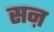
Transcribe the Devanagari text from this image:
सऩ